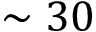
\sim 3 0